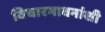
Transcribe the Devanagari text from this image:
विचारभावनांशी